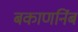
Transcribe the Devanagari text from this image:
बकाणनिंब